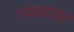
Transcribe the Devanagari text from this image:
त्रयस्थावर